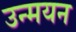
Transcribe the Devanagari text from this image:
उन्मयन